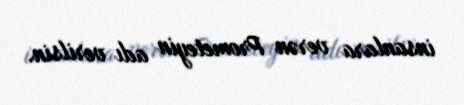
insanlara verən Prometeyin adı verilsin.